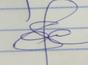
Signature authenticity: genuine